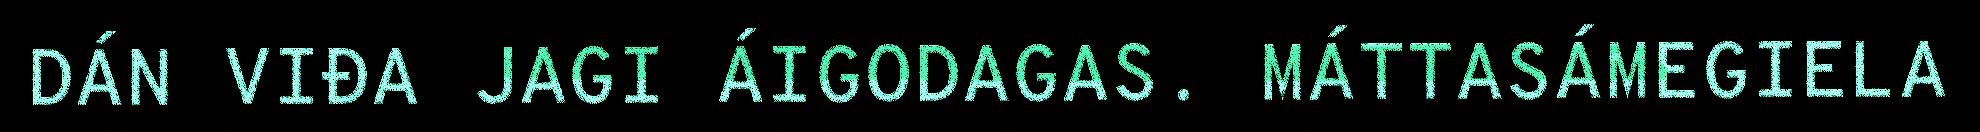
DÁN VIĐA JAGI ÁIGODAGAS. MÁTTASÁMEGIELA